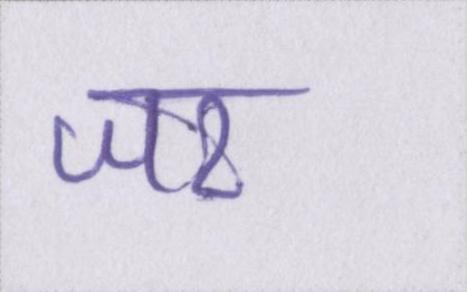
जर